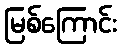
မြစ်ကြောင်း